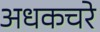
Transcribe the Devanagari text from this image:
अधकचरे